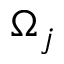
\Omega _ { j }